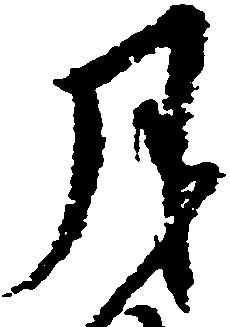
月